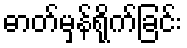
ဓာတ်မှန်ရိုက်ခြင်း